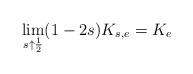
LaTeX: \begin{align*}\lim_{s\uparrow\frac{1}{2}}(1-2s)K_{s,e}=K_e\end{align*}